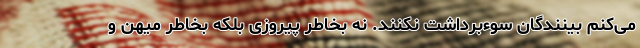
می‌کنم بینندگان سوءبرداشت نکنند. نه بخاطر پیروزی بلکه بخاطر میهن و